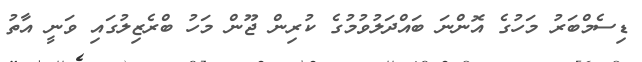
ޑިސެމްބަރު މަހުގެ އޮންނަ ބައްދަލުވުމުގެ ކުރިން ޖޫން މަހު ބްރެޒިލުގައި ވަނީ އާތު